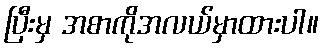
ပြီးမှ အစာကိုအလယ်မှာထားပါ။